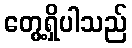
တွေ့ရှိပါသည်